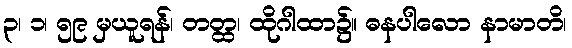
၃၊ ၁၊ ၅၉ မှယူရန်၊ တတ္ထ၊ ထိုဂါထာ၌။ ဓနပါလော နာမာတိ၊